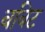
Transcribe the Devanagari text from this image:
बबिट